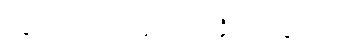
သူက တော်တော် အံ့ဩသွားပုံပဲ။